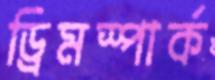
ড্রিমস্পার্ক